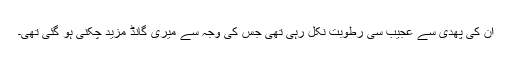
ان کی پھدی سے عجیب سی رطوبت نکل رہی تھی جس کی وجہ سے میری گانڈ مزید چکنی ہو گئی تھی۔